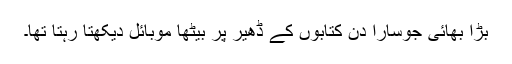
بڑا بھائی جوسارا دن کتابوں کے ڈھیر پر بیٹھا موبائل دیکھتا رہتا تھا۔